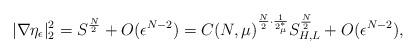
LaTeX: \begin{align*}|\nabla \eta_\epsilon|^2_2=S^{\frac{N}{2}}+O(\epsilon^{N-2})=C(N,\mu)^{\frac{N}{2}\cdot\frac{1}{2^*_\mu}}S^{\frac{N}{2}}_{H,L}+O(\epsilon^{N-2}),\end{align*}